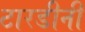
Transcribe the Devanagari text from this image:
टारडीनी